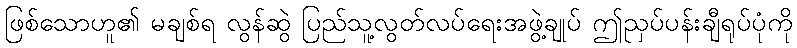
ဖြစ်သောဟူ၏ မချစ်ရ လွန်ဆွဲ ပြည်သူ့လွတ်လပ်ရေးအဖွဲ့ချုပ် ဤညှပ်ပန်းချီရုပ်ပုံကို